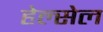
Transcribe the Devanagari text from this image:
हेल्सेल